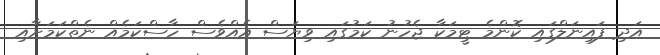
އަދި ފައިނަލްގައި ކޮންމެ ޓީމަކާ ޖެހުނު ކަމުގައި ވިޔަސް އެއްވެސް ހާސްކަމެއް ނެތްކަމަށާއި